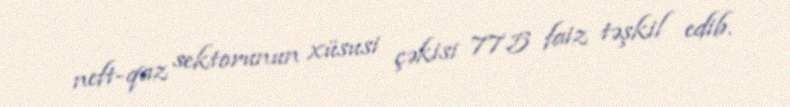
neft-qaz sektorunun xüsusi çəkisi 77.5 faiz təşkil edib.